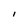
Character: l